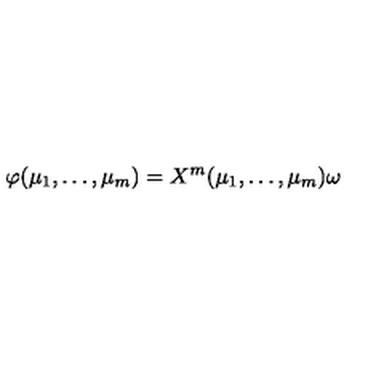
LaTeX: \varphi ( \mu _ { 1 } , \ldots , \mu _ { m } ) = X ^ { m } ( \mu _ { 1 } , \ldots , \mu _ { m } ) \omega